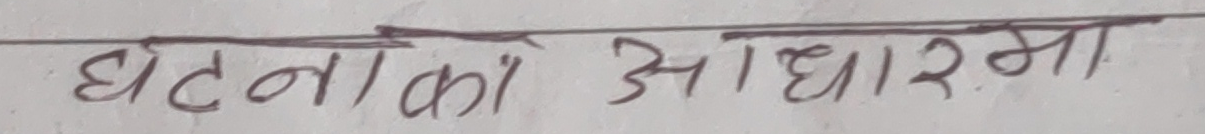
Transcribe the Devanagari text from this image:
घटनाको आधारमा